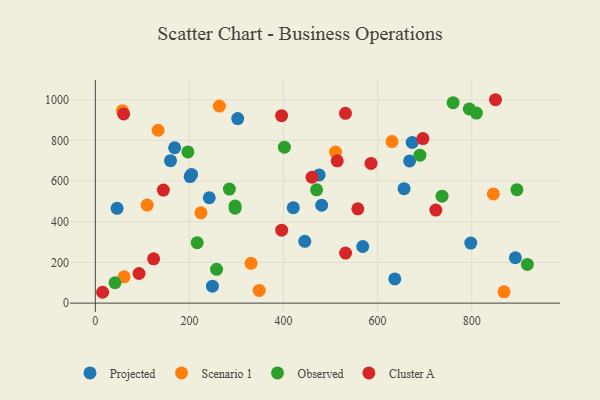
{"axis": {"x": "Price", "y": "Rating"}, "legend": ["Cluster A", "Observed", "Projected", "Scenario 1"], "data": [{"x": "673.6", "y": 790.2, "type": "Projected"}, {"x": "242.2", "y": 518.1, "type": "Projected"}, {"x": "420.8", "y": 469.4, "type": "Projected"}, {"x": "636.6", "y": 118.7, "type": "Projected"}, {"x": "445.2", "y": 303.8, "type": "Projected"}, {"x": "302.6", "y": 907.5, "type": "Projected"}, {"x": "668.1", "y": 699.2, "type": "Projected"}, {"x": "798.1", "y": 295.2, "type": "Projected"}, {"x": "46.2", "y": 466.2, "type": "Projected"}, {"x": "656.3", "y": 562.9, "type": "Projected"}, {"x": "168.6", "y": 763.9, "type": "Projected"}, {"x": "248.9", "y": 83.5, "type": "Projected"}, {"x": "892.9", "y": 223.0, "type": "Projected"}, {"x": "201.5", "y": 622.3, "type": "Projected"}, {"x": "475.8", "y": 630.1, "type": "Projected"}, {"x": "481.1", "y": 481.2, "type": "Projected"}, {"x": "159.8", "y": 700.5, "type": "Projected"}, {"x": "204.6", "y": 632.9, "type": "Projected"}, {"x": "568.4", "y": 278.4, "type": "Projected"}, {"x": "57.6", "y": 946.2, "type": "Scenario 1"}, {"x": "110.2", "y": 481.8, "type": "Scenario 1"}, {"x": "224.5", "y": 444.1, "type": "Scenario 1"}, {"x": "133.5", "y": 849.8, "type": "Scenario 1"}, {"x": "263.7", "y": 969.0, "type": "Scenario 1"}, {"x": "868.8", "y": 55.7, "type": "Scenario 1"}, {"x": "510.6", "y": 742.6, "type": "Scenario 1"}, {"x": "846.0", "y": 536.8, "type": "Scenario 1"}, {"x": "61.1", "y": 129.5, "type": "Scenario 1"}, {"x": "630.6", "y": 794.2, "type": "Scenario 1"}, {"x": "348.4", "y": 62.2, "type": "Scenario 1"}, {"x": "331.0", "y": 195.5, "type": "Scenario 1"}, {"x": "470.3", "y": 556.8, "type": "Observed"}, {"x": "810.1", "y": 934.5, "type": "Observed"}, {"x": "284.9", "y": 560.7, "type": "Observed"}, {"x": "794.9", "y": 954.8, "type": "Observed"}, {"x": "401.9", "y": 766.9, "type": "Observed"}, {"x": "737.0", "y": 525.8, "type": "Observed"}, {"x": "216.5", "y": 297.2, "type": "Observed"}, {"x": "41.9", "y": 100.2, "type": "Observed"}, {"x": "297.1", "y": 466.3, "type": "Observed"}, {"x": "690.0", "y": 727.5, "type": "Observed"}, {"x": "918.4", "y": 190.0, "type": "Observed"}, {"x": "896.2", "y": 557.7, "type": "Observed"}, {"x": "760.5", "y": 985.7, "type": "Observed"}, {"x": "196.7", "y": 743.4, "type": "Observed"}, {"x": "257.7", "y": 166.0, "type": "Observed"}, {"x": "297.0", "y": 477.0, "type": "Observed"}, {"x": "60.2", "y": 930.1, "type": "Cluster A"}, {"x": "850.6", "y": 1000.0, "type": "Cluster A"}, {"x": "723.8", "y": 457.4, "type": "Cluster A"}, {"x": "144.6", "y": 555.9, "type": "Cluster A"}, {"x": "514.2", "y": 699.7, "type": "Cluster A"}, {"x": "396.1", "y": 358.8, "type": "Cluster A"}, {"x": "531.7", "y": 933.0, "type": "Cluster A"}, {"x": "395.9", "y": 921.5, "type": "Cluster A"}, {"x": "586.0", "y": 686.7, "type": "Cluster A"}, {"x": "15.5", "y": 53.3, "type": "Cluster A"}, {"x": "460.6", "y": 618.8, "type": "Cluster A"}, {"x": "123.9", "y": 217.9, "type": "Cluster A"}, {"x": "696.4", "y": 808.8, "type": "Cluster A"}, {"x": "92.9", "y": 145.7, "type": "Cluster A"}, {"x": "558.0", "y": 463.5, "type": "Cluster A"}, {"x": "531.9", "y": 246.1, "type": "Cluster A"}]}